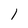
Character: l